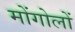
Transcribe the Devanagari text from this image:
मोंगोलों